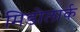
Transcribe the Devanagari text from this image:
मिडोलार्क